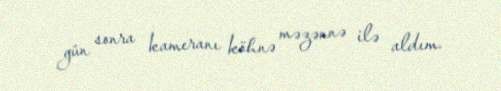
gün sonra kameranı köhnə məzənnə ilə aldım.